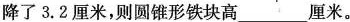
降了3.2厘米，则圆锥形铁块高___厘米。